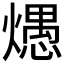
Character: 𰟦